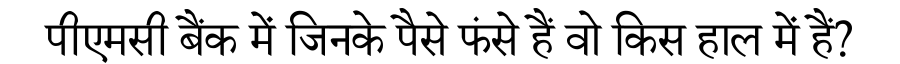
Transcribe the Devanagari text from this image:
पीएमसी बैंक में जिनके पैसे फंसे हैं वो किस हाल में हैं?